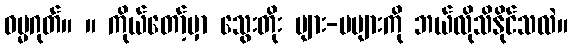
ဓမ္မဂုတ်။ ။ ကိုယ်တော့်မှာ သွေးတိုး များ-မများကို ဘယ်လိုသိနိုင်သလဲ။